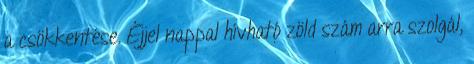
a csökkentése. Éjjel nappal hívható zöld szám arra szolgál,